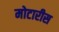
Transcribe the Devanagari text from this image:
मोटारीस